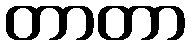
တာတာ